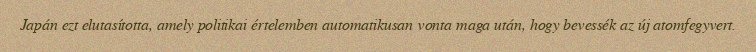
Japán ezt elutasította, amely politikai értelemben automatikusan vonta maga után, hogy bevessék az új atomfegyvert.